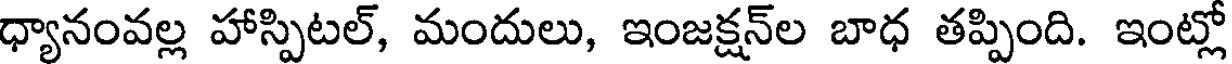
ధ్యానంవల్ల హాస్పిటల్, మందులు, ఇంజక్షన్ల బాధ తప్పింది. ఇంట్లో